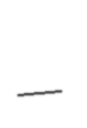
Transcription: –